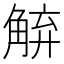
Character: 𮗱